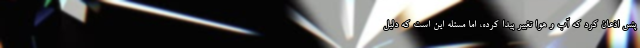
پنس اذعان کرد که آب و هوا تغییر پیدا کرده، اما مسئله این است که دلیل